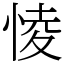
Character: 㥄